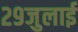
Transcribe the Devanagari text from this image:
२९जुलाई